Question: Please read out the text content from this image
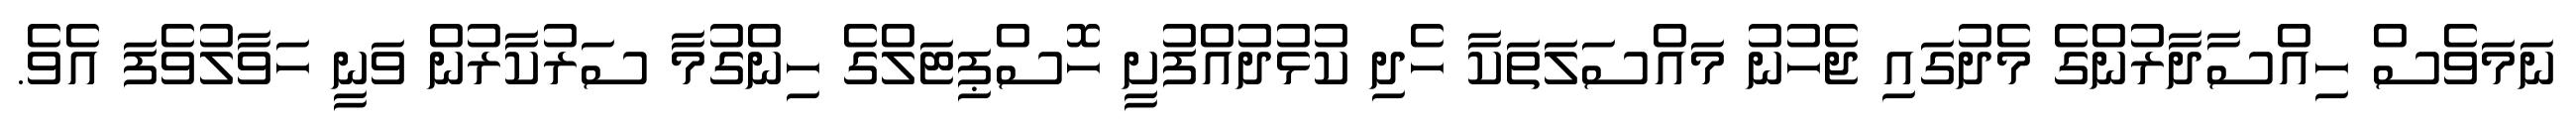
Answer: ނަމަވެސް ހިއްސާދާރުންގެ މެދުގައި ޖެހުނު މައްސަލަތަކާ ހެދި ކުޅުދުއްފުށީ ހޮސްޕިޓަލްގެ ހިންގުމާ ސަރުކާރުން ވަނީ ހަވާލުވެފަ އެވެ.